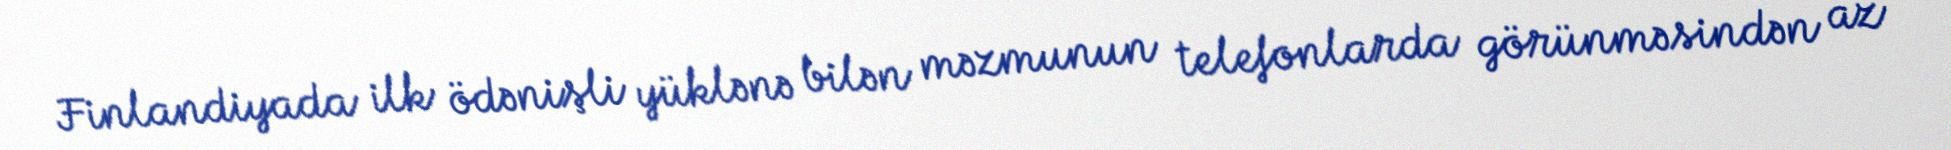
Finlandiyada ilk ödənişli yüklənə bilən məzmunun telefonlarda görünməsindən az